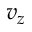
v _ { z }